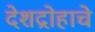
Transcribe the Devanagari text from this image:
देशद्रोहाचे